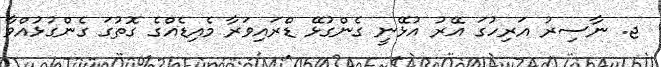
ޖ. ނާސިރު އަރިހުގަ އޭރު އުޅޭނީ ގެންގުޅޭ ޑްރައިވަރާ މެއިޑެއްގެ ގޮތުގަ ގެންގުޅުއްވާ